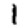
Digit: 1